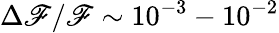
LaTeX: \Delta{\mathscr{F}}/\mathscr{F}\sim10^{-3}-10^{-2}